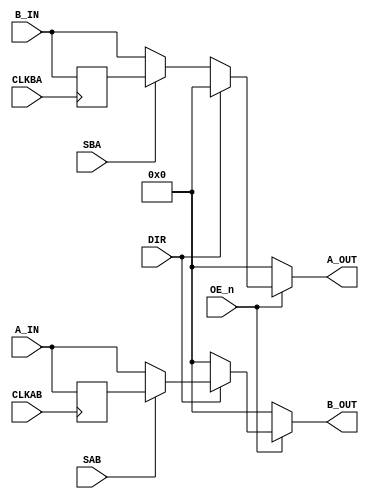
/******************************************************************************
 **                                                                          **
 ** Component : TTL_74646                                                    **
 **                                                                          **
 ** OCTAL BUS TRANSCEIVERS AND REGISTERS WITH 3-STATE OUTPUTS                **
 ** (None inverting)                                                         **
 **                                                                          **
 ** DOC: https://www.ti.com/lit/ds/symlink/sn54as646.pdf                     **
 *****************************************************************************/

module TTL_74646( 
   input[7:0] A_IN,
   input[7:0] B_IN,
   input CLKAB,
   input CLKBA,
   input DIR,   // Direction (1=A to B, 0=B to A)
   input OE_n,  // Output Enable Negated
   input SAB,   // Select-Control AB - multiplex stored and real-time (transparent mode) registeres
   input SBA,   // Select-Control BA - multiplex stored and real-time (transparent mode) registeres. 0=REAL-TIME

   output[7:0] A_OUT,
   output[7:0] B_OUT
);



   /*******************************************************************************
   ** The wires are defined here                                                 **
   *******************************************************************************/
   wire s_sab;
   wire s_clkab;
   wire s_sba;
   wire s_clkba;
   wire s_dir;
   wire s_oe_n;


   /*******************************************************************************
   ** The module functionality is described here                                 **
   *******************************************************************************/

   /*******************************************************************************
   ** Here all input connections are defined                                     **
   *******************************************************************************/
   assign s_sab   = SAB;
   assign s_clkab = CLKAB;
   assign s_sba   = SBA;
   assign s_clkba = CLKBA;
   assign s_dir   = DIR;
   assign s_oe_n  = OE_n;
   

   
   /*******************************************************************************
   ** Here all in-lined components are defined                                   **
   *******************************************************************************/

   reg [7:0] regA;
   reg [7:0] regB;

   always @(posedge s_clkab )
   begin
      regA <= A_IN;
   end

   always @(posedge s_clkba )
   begin
      regB <= B_IN;
   end

   
/*
A_OUT:
   If OE_n is not active (low), the output is 0.

   If DIR is 0 (B to A direction):
      If SBA is 0, A_OUT gets real-time data from B_IN.
      If SBA is 1, A_OUT gets stored data from regB.

*/
   // sdir = 0 => B => A   

   // s_sba = 0 => Real Time B to A
   // s_sba = 1 => Register  B to A
   assign A_OUT = !s_oe_n ? 8'b0 : !s_dir ?  ((!s_sba) ? B_IN : regB) : 8'b0;
   

/*
B_OUT:
      If OE_n is not active (low), the output is 0.
      
      If DIR is 1 (A to B direction):
         If SAB is 0, B_OUT gets real-time data from A_IN.
         If SAB is 1, B_OUT gets stored data from regA.
*/

   // sdir = 1 => A => B

   // s_sab = 0 => Real Time A to B
   // s_sab = 1 => Register  A to B
   assign B_OUT = !s_oe_n ? 8'b0 : s_dir ?  ((!s_sab) ? A_IN : regA) : 8'b0;

endmodule